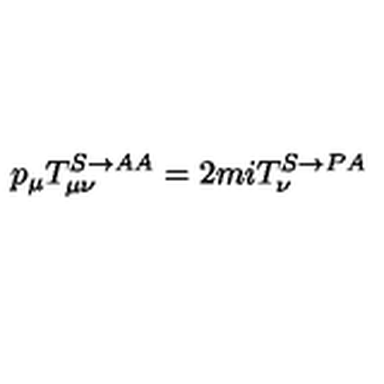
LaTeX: p _ { \mu } T _ { \mu \nu } ^ { S \rightarrow A A } = 2 m i T _ { \nu } ^ { S \rightarrow P A }